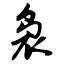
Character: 袅